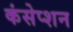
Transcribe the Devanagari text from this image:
कंसेप्शन